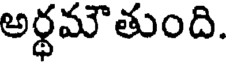
అర్ధమౌతుంది.